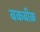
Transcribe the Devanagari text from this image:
बकबीक